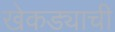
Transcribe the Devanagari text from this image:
खेकड्याची